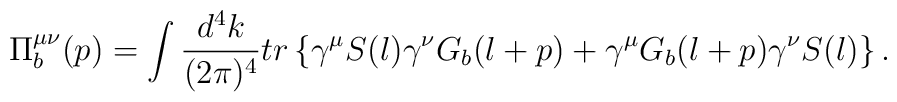
\Pi _{b}^{\mu \nu }(p)=\int \frac{d^{4}k}{(2\pi )^{4}}tr\left\{ \gamma ^{\mu}S(l)\gamma ^{\nu }G_{b}(l+p)+\gamma ^{\mu }G_{b}(l+p)\gamma ^{\nu}S(l)\right\} .